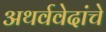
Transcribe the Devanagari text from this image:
अथर्ववेदांचे